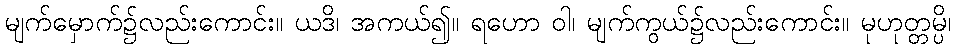
မျက်မှောက်၌လည်းကောင်း။ ယဒိ၊ အကယ်၍။ ရဟော ဝါ၊ မျက်ကွယ်၌လည်းကောင်း။ မုဟုတ္တမ္ပိ၊